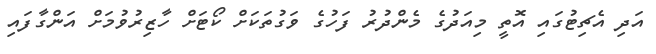
އަދި އެޗިޓުގައި އޮތީ މިއަދުގެ މެންދުރު ފަހުގެ ވަގުތަކަށް ކޯޓަށް ހާޒިރުވުމަށް އަންގާފައި